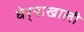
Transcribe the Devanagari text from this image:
घेर्‍याखाली